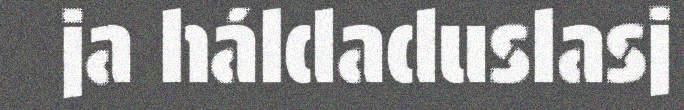
ja háldaduslasj